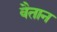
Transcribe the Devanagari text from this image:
वैतान